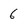
Character: 6